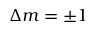
\Delta m = \pm 1